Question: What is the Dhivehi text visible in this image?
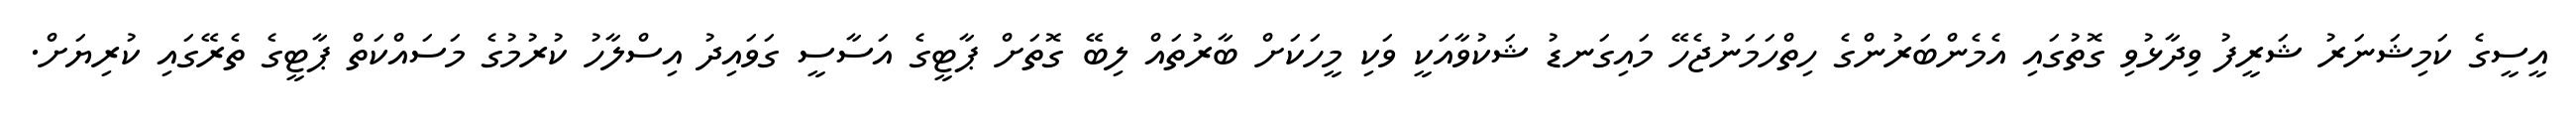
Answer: އީސީގެ ކަމިޝަނަރު ޝަރީފު ވިދާޅުވި ގޮތުގައި އެމެންބަރުންގެ ހިތްހަމަނުޖެހޭ މައިގަނޑު ޝަކުވާއަކީ ވަކި މީހަކަށް ބާރުތައް ލިބޭ ގޮތަށް ޕާޓީގެ އަސާސީ ގަވައިދު އިސްލާހު ކުރުމުގެ މަސައްކަތް ޕާޓީގެ ތެރޭގައި ކުރިޔަށް.